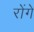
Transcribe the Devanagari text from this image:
रोंगे